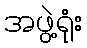
အဖွဲ့ရုံး